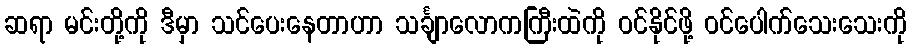
ဆရာ မင်းတို့ကို ဒီမှာ သင်ပေးနေတာဟာ သင်္ချာလောကကြီးထဲကို ဝင်နိုင်ဖို့ ဝင်ပေါက်သေးသေးကို